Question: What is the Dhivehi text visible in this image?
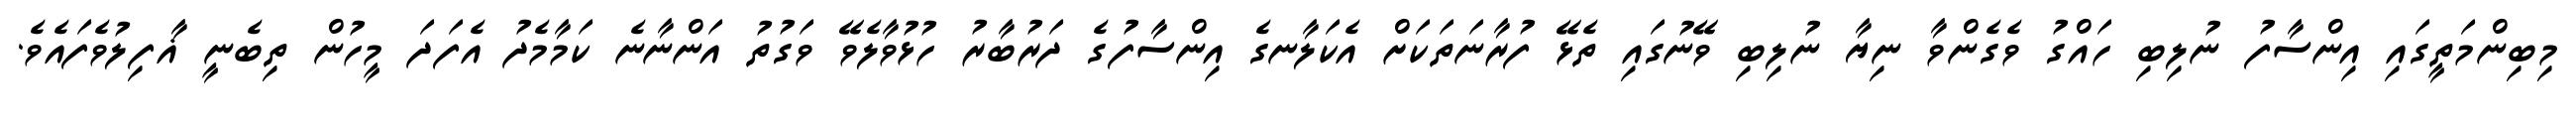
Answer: މިބިންމަތީގައި އިންސާފު ނުލިބި ހައްގު ވެގެންވާ ނިޔާ ނުލިބި ވޭނުގައި ތެޅޭ ފުރާނަތަކަށް އެކަލާނގެ އިންސާފުގެ ދަރުބާރު ހުޅުވާލެވޭ ވަގުތު އަންނާނެ ކަމާމެދު އެފަދަ މީހުން ތިބެނީ ޣާފިލުވެފައެވެ.